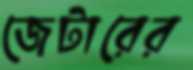
জেটারের